Scottish Leaving Certificate Examination, 1954
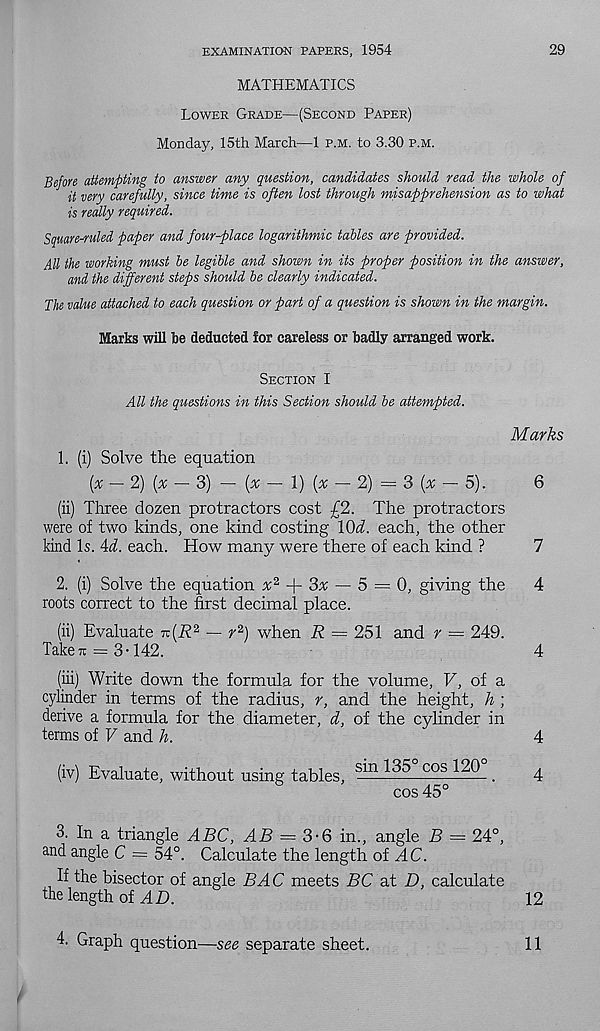
EXAMINATION PAPERS, 1954
29
MATHEMATICS
Lower Grade—(Second Paper)
Monday, 15th March—1 p.m. to 3.30 p.m.
Before attempting to answer any question, candidates should read the whole of
it very carefully, since time is often lost through misapprehension as to what
is really required.
Square-ruled paper and four-place logarithmic tables are provided.
All the working must be legible and shown in its proper position in the answer,
and the different steps should be clearly indicated.
The value attached to each question or part of a question is shown in the margin.
Marks will be deducted for careless or badly arranged work.
Section I
All the questions in this Section should be attempted.
Marks
1. (i) Solve the equation
{x —.2) (x -- 3) — (x
1) (x - - 2) - 3 (* - 5).
6
(ii) Three dozen protractors cost £2. The protractors
were of two kinds, one kind costing KM. each, the other
kind Is. 4d. each. How many were there of each kind ?
7
2. (i) Solve the equation x 2
3x — 5 = 0, giving the
4
roots correct to the first decimal place.
(ii) Evaluate 7t(i? 2 — r 2 ) when R = 251 and r = 249.
Take it = 3-142.
4
(iii) Write down the formula for the volume, V, of a
cylinder in terms of the radius, r, and the height, h ;
derive a formula for the diameter, d, of the cylinder in
terms of V and h.
4
(iv) Evaluate, without using tables, ?* n 135 cos
.
4
cos 45°
3. In a triangle ABC, AB — 3-6 in., angle B = 24°,
and angle C = 54°. Calculate the length of AC.
If the bisector of angle BAC meets BC at D, calculate
the length of
12
4. Graph question—see separate sheet.
11